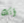
أنك